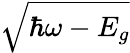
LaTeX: \sqrt{\hbar\omega-E_{g}}